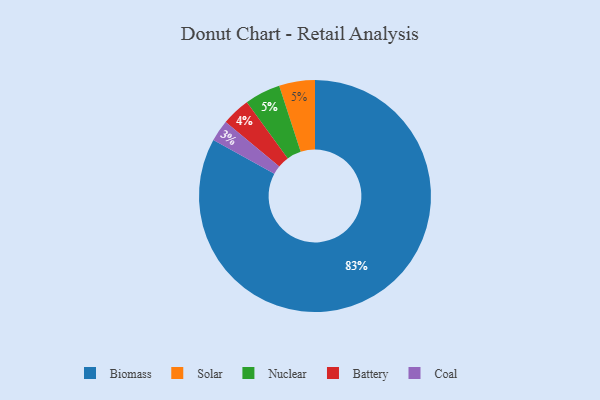
{"axis": {"x": "Category", "y": "Percentage"}, "legend": ["Battery", "Biomass", "Coal", "Nuclear", "Solar"], "data": [{"x": "Solar", "y": 5, "type": "Solar"}, {"x": "Battery", "y": 4, "type": "Battery"}, {"x": "Biomass", "y": 83, "type": "Biomass"}, {"x": "Nuclear", "y": 5, "type": "Nuclear"}, {"x": "Coal", "y": 3, "type": "Coal"}]}